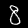
Digit: 8